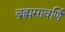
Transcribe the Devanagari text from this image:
ब्रह्मसावर्णि